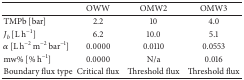
|  | OWW | OMW2 | OMW3 |
 | --- | --- | --- | --- |
 | TMPb [bar] | 2.2 | 10 | 4.0 |
 | Jb [L h−1] | 6.2 | 10.0 | 5.1 |
 | α [L h−2 m−2 bar−1] | 0.0000 | 0.0110 | 0.0553 |
 | mw% [% h−1] | 0.0000 | N/a | 0.016 |
 | Boundary flux type | Critical flux | Threshold flux | Threshold flux |